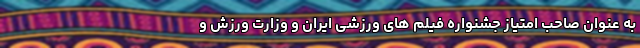
به عنوان صاحب امتیاز جشنواره فیلم های ورزشی ایران و وزارت ورزش و